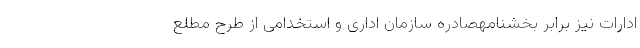
ادارات نیز برابر بخشنامهصادره سازمان اداری و استخدامی از طرح مطلع